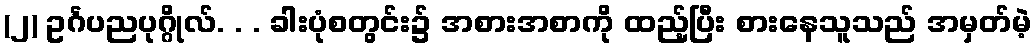
(၂) ဥင်္ဂပညပုဂ္ဂိုလ်. . . ခါးပုံစတွင်း၌ အစားအစာကို ထည့်ပြီး စားနေသူသည် အမှတ်မဲ့